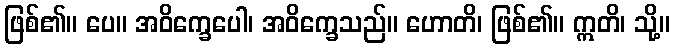
ဖြစ်၏။ ပေ။ အဝိက္ခေပေါ၊ အဝိက္ခေသည်။ ဟောတိ၊ ဖြစ်၏။ ဣတိ၊ သို့။